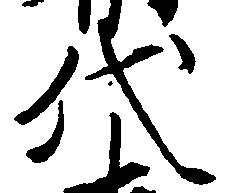
代